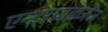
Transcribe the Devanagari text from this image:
एन्टरप्राइजेज